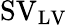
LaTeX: \mathrm{SV}_{\mathrm{LV}}